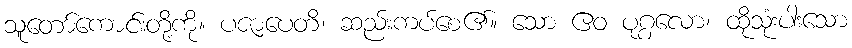
သူတော်ကောင်းတို့ကို။ ပဇာပေတိ၊ ဆည်းကပ်စေ၏။ သော ဧဝ ပုဂ္ဂလော၊ ထိုသုံးပါးသော